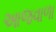
આજવાળા